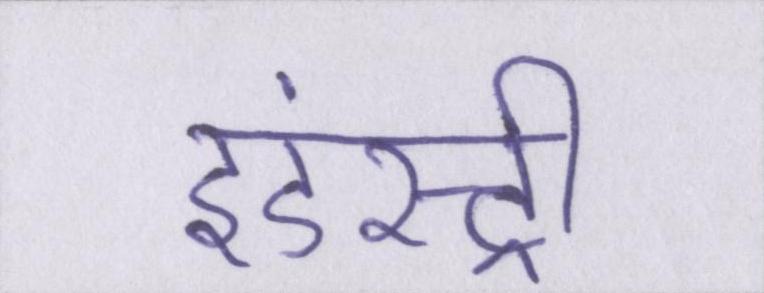
इंडस्ट्री